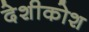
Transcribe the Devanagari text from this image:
देशीकोश